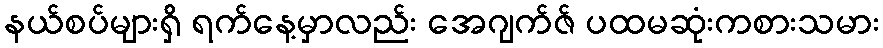
နယ်စပ်များရှိ ရက်နေ့မှာလည်း အေဂျက်ဇ် ပထမဆုံးကစားသမား